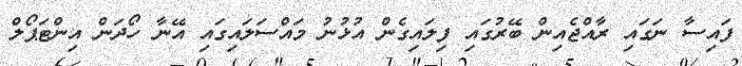
ފައިސާ ނަގައި ރާއްޖެއިން ބޭރުގައި ފިލައިގެން އުޅުނު މައްސަލައިގައި އޭނާ ހޯދަން އިންޓަޕޯލް